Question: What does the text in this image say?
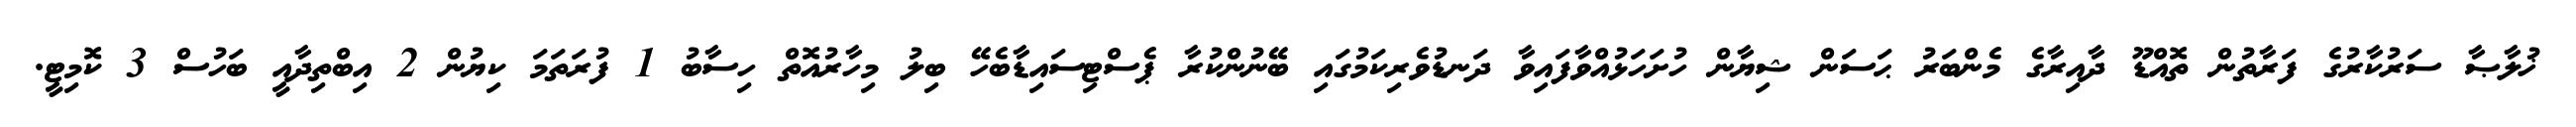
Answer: ޚުލާޞާ ސަރުކާރުގެ ފަރާތުން ތޮއްޑޫ ދާއިރާގެ މެންބަރު ޙަސަން ޝިޔާން ހުށަހަޅުއްވާފައިވާ ދަނޑުވެރިކަމުގައި ބޭނުންކުރާ ޕެސްޓިސައިޑާބެހޭ ބިލު މިހާރުއޮތް ހިސާބު 1 ފުރަތަމަ ކިޔުން 2 އިބްތިދާއީ ބަހުސް 3 ކޮމިޓީ.